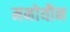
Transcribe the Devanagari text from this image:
मनोयौन